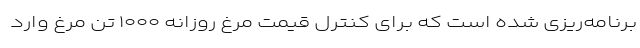
برنامه‌ریزی شده است که برای کنترل قیمت مرغ روزانه ۱۰۰۰ تن مرغ وارد